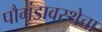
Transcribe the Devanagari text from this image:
पौगंडावस्थेचा